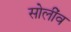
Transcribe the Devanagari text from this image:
सोलींव